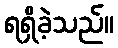
ရရှိခဲ့သည်။